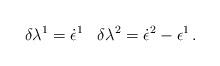
LaTeX: \begin{align*}\delta \lambda ^1=\dot \epsilon ^1\,\,\,\,\,\delta \lambda ^2=\dot \epsilon ^2-\epsilon ^1\, .\end{align*}